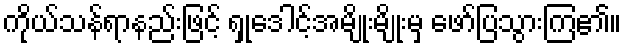
ကိုယ်သန်ရာနည်းဖြင့် ရှုဒေါင့်အမျိုးမျိုးမှ ဖော်ပြသွားကြ၏။